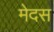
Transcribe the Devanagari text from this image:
मेदस